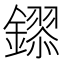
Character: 𮣎